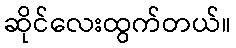
ဆိုင်လေးထွက်တယ်။